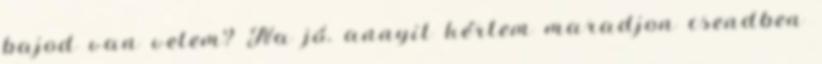
bajod van velem? Na jó. annyit kértem maradjon csendben